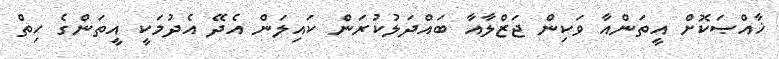
ޚާއްޞަކޮށް އީތަންއާ ވަކިން ޖަޒްލާއާ ބައްދަލުކުރަން ކައިލަން އެދޭ އެދުމަކީ އީތަންގެ ހިތް